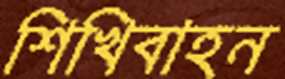
শিখিবাহন